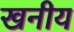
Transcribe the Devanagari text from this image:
खनीय